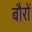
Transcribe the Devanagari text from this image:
बौरों